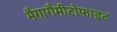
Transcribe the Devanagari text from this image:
मैगागैमीटोफाइट